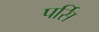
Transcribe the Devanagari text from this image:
पर्सि